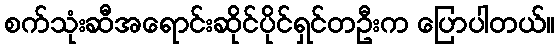
စက်သုံးဆီအရောင်းဆိုင်ပိုင်ရှင်တဦးက ပြောပါတယ်။